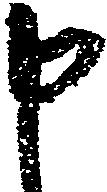
申